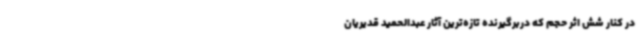
در کنار شش اثر حجم که دربرگیرنده تازه‌ترین آثار عبدالحمید قدیریان